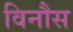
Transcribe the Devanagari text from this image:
विनौस